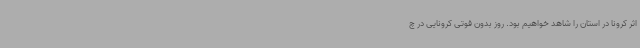
اثر کرونا در استان را شاهد خواهیم بود. روز بدون فوتی کرونایی در چ